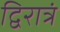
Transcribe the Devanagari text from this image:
द्विरात्रं